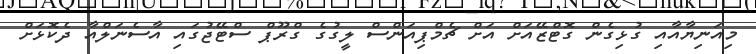
މިއަނިޔާއާއި ގުޅިގެން ގޮޓްޒޭއަށް އަށް ޗެމްޕިއަންސް ލީގުގެ ގްރޫޕް ސްޓޭޖުގައި އާސެނަލްއާ ދެކޮޅަށް